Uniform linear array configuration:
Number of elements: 12
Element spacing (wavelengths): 1
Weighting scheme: blackman
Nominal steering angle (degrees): -60
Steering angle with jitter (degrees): -58.17
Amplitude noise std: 0.05
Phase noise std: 0.05

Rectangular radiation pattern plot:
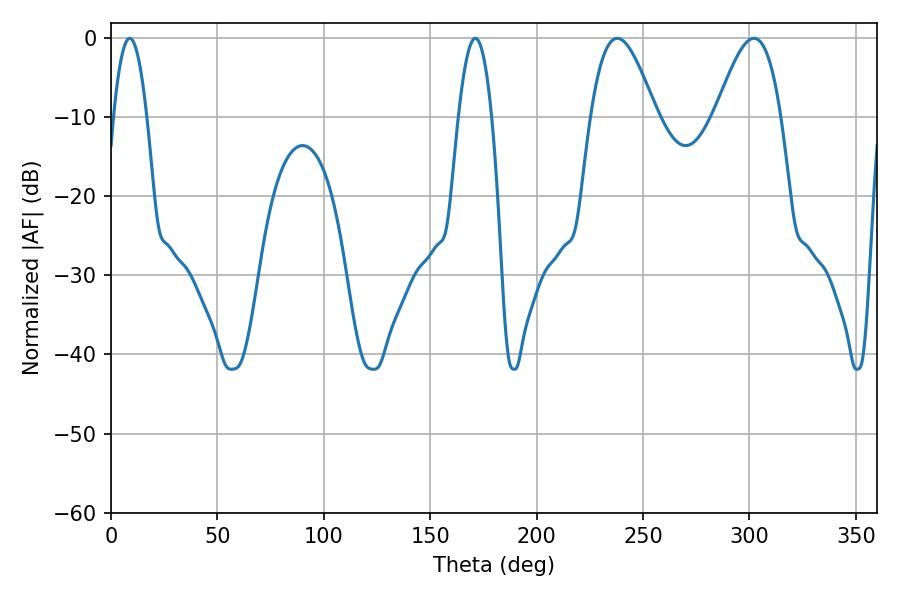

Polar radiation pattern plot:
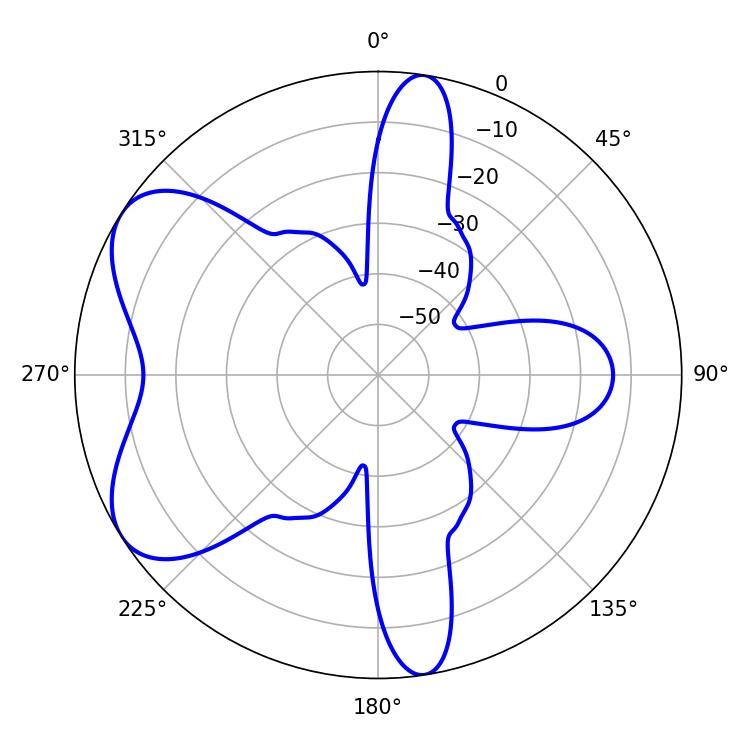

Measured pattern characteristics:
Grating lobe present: TRUE
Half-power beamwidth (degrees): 8.64
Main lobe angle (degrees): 8.82